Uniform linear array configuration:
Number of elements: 48
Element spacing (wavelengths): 0.75
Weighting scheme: binomial
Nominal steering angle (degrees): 45
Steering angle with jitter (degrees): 44.821
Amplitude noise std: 0.05
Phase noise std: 0.05

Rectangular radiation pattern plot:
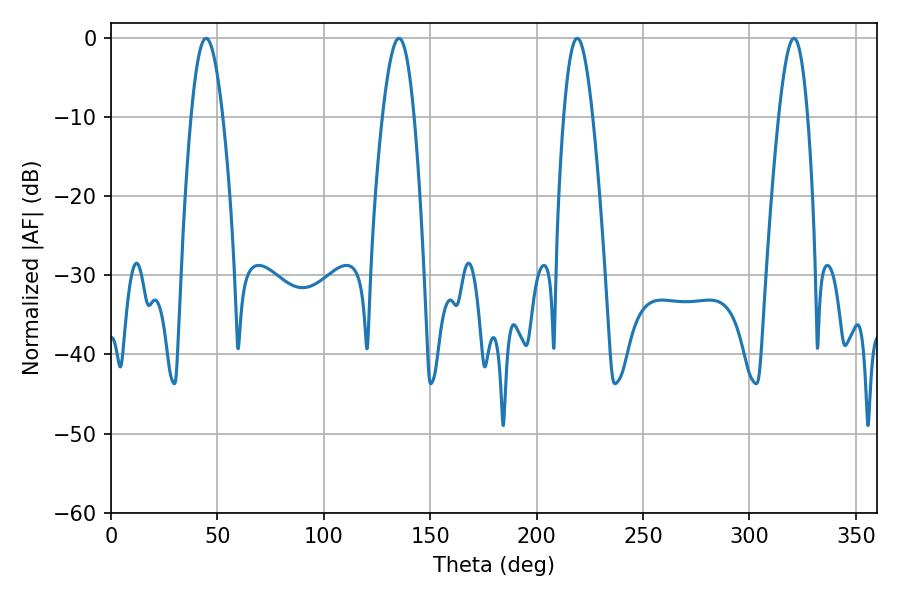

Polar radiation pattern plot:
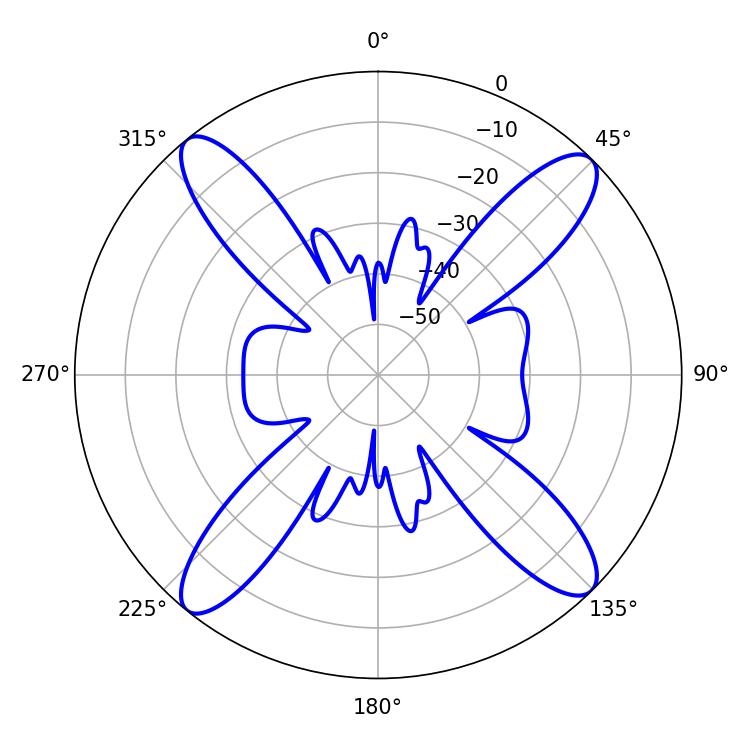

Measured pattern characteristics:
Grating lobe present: TRUE
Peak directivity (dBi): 17.134
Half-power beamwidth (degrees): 7.38
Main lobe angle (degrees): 320.94